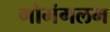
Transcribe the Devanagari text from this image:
गोमंगलम